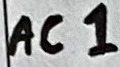
Text: AC1